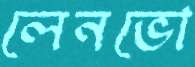
লেনভো